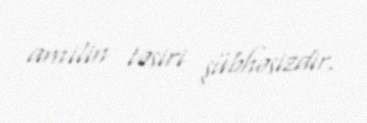
amilin təsiri şübhəsizdir.